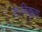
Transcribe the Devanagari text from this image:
तःनिकृत्य